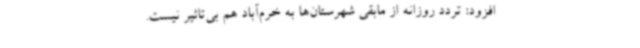
افزود: تردد روزانه از مابقی شهرستان‌ها به خرم‌آباد هم بی‌تاثیر نیست.